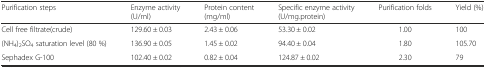
| Purification steps | Enzyme activity (U/ml) | Protein content (mg/ml) | Specific enzyme activity (U/mg.protein) | Purification folds | Yield (%) |
 | --- | --- | --- | --- | --- | --- |
 | Cell free filtrate(crude) | 129.60 ± 0.03 | 2.43 ± 0.06 | 53.30 ± 0.02 | 1.00 | 100 |
 | (NH4)2SO4 saturation level (80 %) | 136.90 ± 0.05 | 1.45 ± 0.02 | 94.40 ± 0.04 | 1.80 | 105.70 |
 | Sephadex G-100 | 102.40 ± 0.02 | 0.82 ± 0.04 | 124.87 ± 0.02 | 2.30 | 79 |